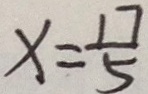
x = \frac { 1 7 } { 5 }